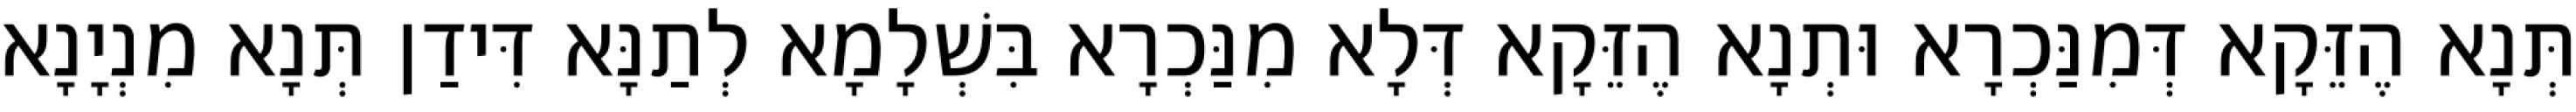
תְּנָא הֶזֵּקָא דְּמִנַּכְרָא וּתְנָא הֶזֵּקָא דְּלָא מִנַּכְרָא בִּשְׁלָמָא לְתַנָּא דִּידַן תְּנָא מִנְיָנָא